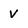
Character: v